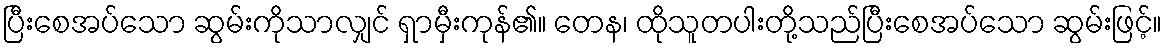
ပြီးစေအပ်သော ဆွမ်းကိုသာလျှင် ရှာမှီးကုန်၏။ တေန၊ ထိုသူတပါးတို့သည်ပြီးစေအပ်သော ဆွမ်းဖြင့်။